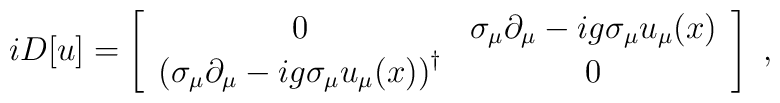
iD[u]=\left[\begin{array}{cc} 0 & \sigma_\mu\partial_\mu-ig\sigma_\mu u_\mu(x) \\   \left(\sigma_\mu\partial_\mu-ig\sigma_\mu u_\mu(x)\right)^\dagger & 0 \end{array}\right] \ ,